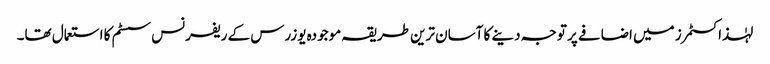
لہٰذا کسٹمرز میں اضافے پر توجہ دینے کا آسان ترین طریقہ موجودہ یوزرس کے ریفرنس سسٹم کا استعمال تھا۔